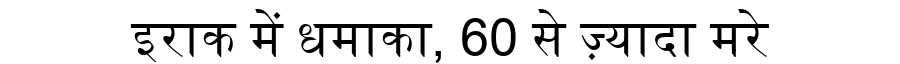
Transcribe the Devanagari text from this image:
इराक में धमाका, 60 से ज़्यादा मरे